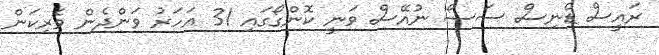
ރައީސް ޑެނިސް ސަސޯ ނުއޭސް ވަނީ ކޮންގޯގައި 31 އަހަރު ވަންދެން ވެރިކަން